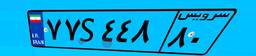
۱۰S۶۰۷۸۱